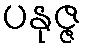
ပနုဇ္ဇ